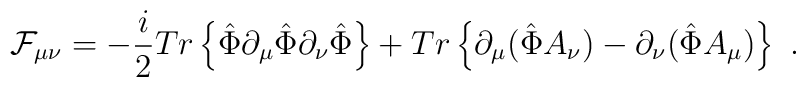
{\cal F}_{\mu\nu} =-\frac{i}{2} Tr\left\{\hat{\Phi} \partial_\mu \hat{\Phi} \partial_\nu \hat{\Phi} \right\}+ Tr\left\{ \partial_\mu(\hat{\Phi}A_\nu)-\partial_\nu(\hat{\Phi}A_\mu)\right\} \ .